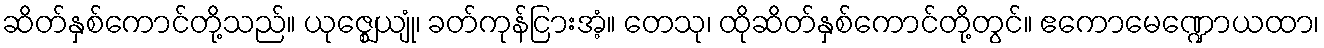
ဆိတ်နှစ်ကောင်တို့သည်။ ယုဇ္ဈေယျုံ၊ ခတ်ကုန်ငြားအံ့။ တေသု၊ ထိုဆိတ်နှစ်ကောင်တို့တွင်။ ဧကောမေဏ္ဍောယထာ၊